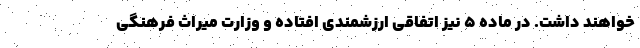
خواهند داشت. در ماده ۵ نیز اتفاقی ارزشمندی افتاده و وزارت میراث فرهنگی